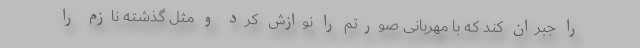
را جبران کند که با مهربانی صورتم را نوازش کرد و مثل گذشته نازم را